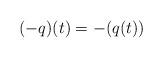
LaTeX: \begin{align*}(-q)(t)=-(q(t))\end{align*}